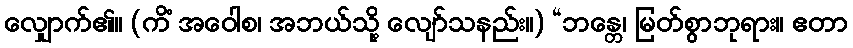
လျှောက်၏။ (ကိံ အဝေါစ၊ အဘယ်သို့ လျော်သနည်း။) “ဘန္တေ၊ မြတ်စွာဘုရား။ ဧတာ